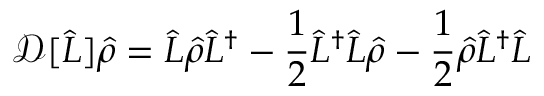
\mathcal { D } [ \hat { L } ] \hat { \rho } = \hat { L } \hat { \rho } \hat { L } ^ { \dagger } - \frac { 1 } { 2 } \hat { L } ^ { \dagger } \hat { L } \hat { \rho } - \frac { 1 } { 2 } \hat { \rho } \hat { L } ^ { \dagger } \hat { L }